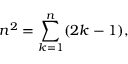
n ^ { 2 } = \sum _ { k = 1 } ^ { n } ( 2 k - 1 ) ,